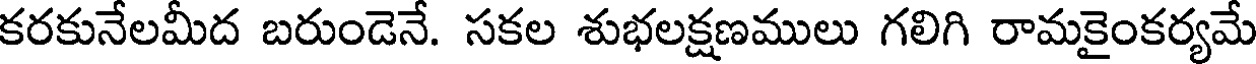
కరకునేలమీద బరుండెనే. సకల శుభలక్షణములు గలిగి రామకైంకర్యమే